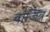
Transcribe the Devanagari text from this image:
वांजित्र